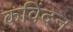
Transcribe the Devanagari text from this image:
कविंदन